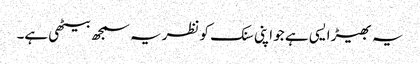
یہ بھیڑ ایسی ہے جو اپنی سنک کو نظریہ سمجھ بیٹھی ہے۔